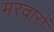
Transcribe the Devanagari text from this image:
मरवारों